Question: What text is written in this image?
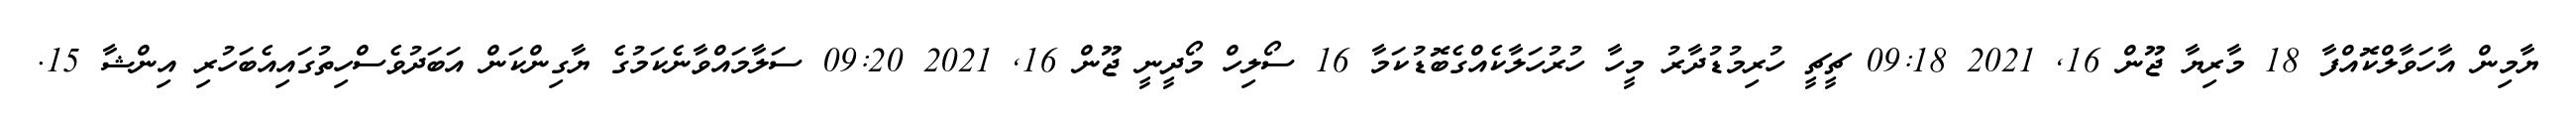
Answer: ޔާމިން އާހަވާލްކޮއްފާ 18 މާރިޔާ ޖޫން 16, 2021 09:18 ޗީޗީ ހުރިމުޑުދާރު މީހާ ހުރުހަލާކެއްގެބޮޑުކަމާ 16 ސޯލިހް މޯދީނީ ޖޫން 16, 2021 09:20 ސަލާމައްވާނެކަމުގެ ޔާގިންކަން އަބަދުވެސްހިތުގައިއެބަހުރި އިންޝާ 15.